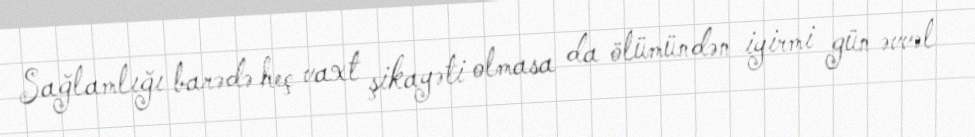
Sağlamlığı barədə heç vaxt şikayəti olmasa da ölümündən iyirmi gün əvvəl